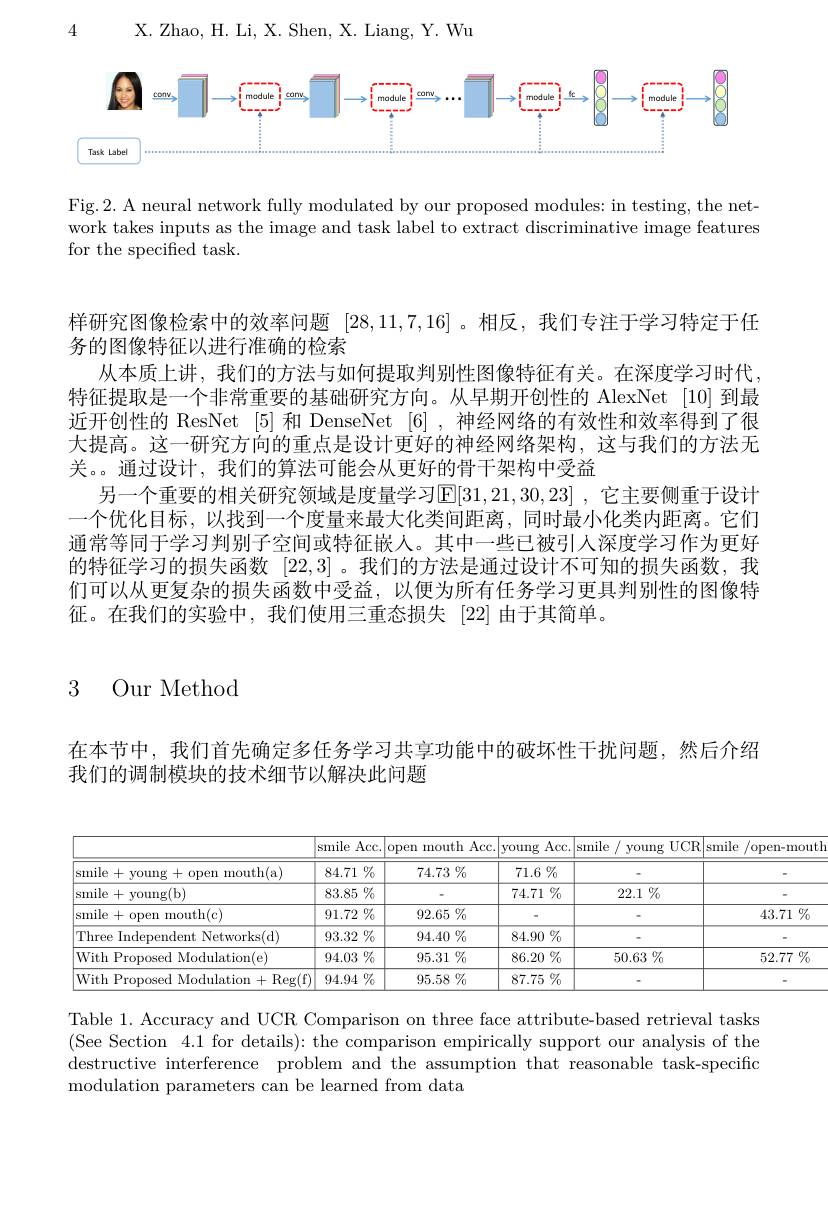
X. Zhao, H. Li, X. Shen, X. Liang, Y. Wu

4

<FigureHere>

Fig.2. A neural network fully modulated by our proposed modules: in testing, the network takes inputs as the image and task label to extract discriminative image features for the specified task.

样研究图像检索中的效率问题[28,11,7,16] 。相反，我们专注于学习特定于任
务的图像特征以进行准确的检索
从本质上讲，我们的方法与如何提取判别性图像特征有关。在深度学习时代， 特征提取是一个非常重要的基础研究方向。从早期开创性的 AlexNet [10] 到最近开创性的 ResNet [5] 和 DenseNet [6] , 神经网络的有效性和效率得到了很大提高。这一研究方向的重点是设计更好的神经网络架构，这与我们的方法无关。。通过设计，我们的算法可能会从更好的骨干架构中受益
另一个重要的相关研究领域是度量学习E|31,21,30,23| ,它主要侧重于设计一个优化目标，以找到一个度量来最大化类间距离，同时最小化类内距离。它们通常等同于学习判别子空间或特征嵌人。其中一些已被引入深度学习作为更好的特征学习的损失函数[22,3] 。我们的方法是通过设计不可知的损失函数，我们可以从更复杂的损失函数中受益，以便为所有任务学习更具判别性的图像特征。在我们的实验中，我们使用三重态损失[22]由于其简单。

3 Our Method

在本节中，我们首先确定多任务学习共享功能中的破坏性干扰问题，然后介绍
我们的调制模块的技术细节以解决此问题

<table>
	<tbody>
		<tr>
			<th> </th>
			<th>$Acc.$ smile</th>
			<th>open mouth Acc.</th>
			<th>$Acc.$ young</th>
			<th>smile young $UCR$</th>
			<th>smile /open-</th>
		</tr>
		<tr>
			<td>smile+young+open mouth(a)</td>
			<td>$84.71\%$</td>
			<td>74.73 $\%$</td>
			<td>$71.6\%$</td>
			<td> </td>
			<td> </td>
		</tr>
		<tr>
			<td>smile + young(b)</td>
			<td>$\overline{83.85\%}$</td>
			<td> </td>
			<td>$74.71\%$</td>
			<td>$22.1\%$</td>
			<td> </td>
		</tr>
		<tr>
			<td>smile + open mouth(c)</td>
			<td>$91.72\%$</td>
			<td>$92.65\%$</td>
			<td> </td>
			<td> </td>
			<td>43.7</td>
		</tr>
		<tr>
			<td>Three Independent Networks(d)</td>
			<td>93.32 $\%$ $\frac{1}{2}=\frac{1}{2}=\frac{1}{2}$ 1</td>
			<td>$94.40\%$</td>
			<td>$84.90\%$</td>
			<td> </td>
			<td> </td>
		</tr>
		<tr>
			<td>With Proposed Modulation(e)</td>
			<td>$94.03\%$</td>
			<td>$95.31\%$</td>
			<td>$86.20\%$</td>
			<td>$50.63\%$</td>
			<td>52.7</td>
		</tr>
		<tr>
			<td>With Proposed Modulation + Reg(f)</td>
			<td>$94.94\%$</td>
			<td>$95.58\%$</td>
			<td>$87.75\%$</td>
			<td> </td>
			<td> </td>
		</tr>
	</tbody>
</table>

Table 1. Accuracy and UCR Comparison on three face attribute-based retrieval tasks (See Section 4.1 for details): the comparison empirically support our analysis of the destructive interference problem and the assumption that reasonable task-specific modulation parameters can be learned from data